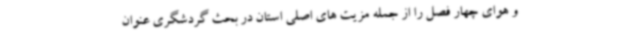
و هوای چهار فصل را از جمله مزیت های اصلی استان در بحث گردشگری عنوان